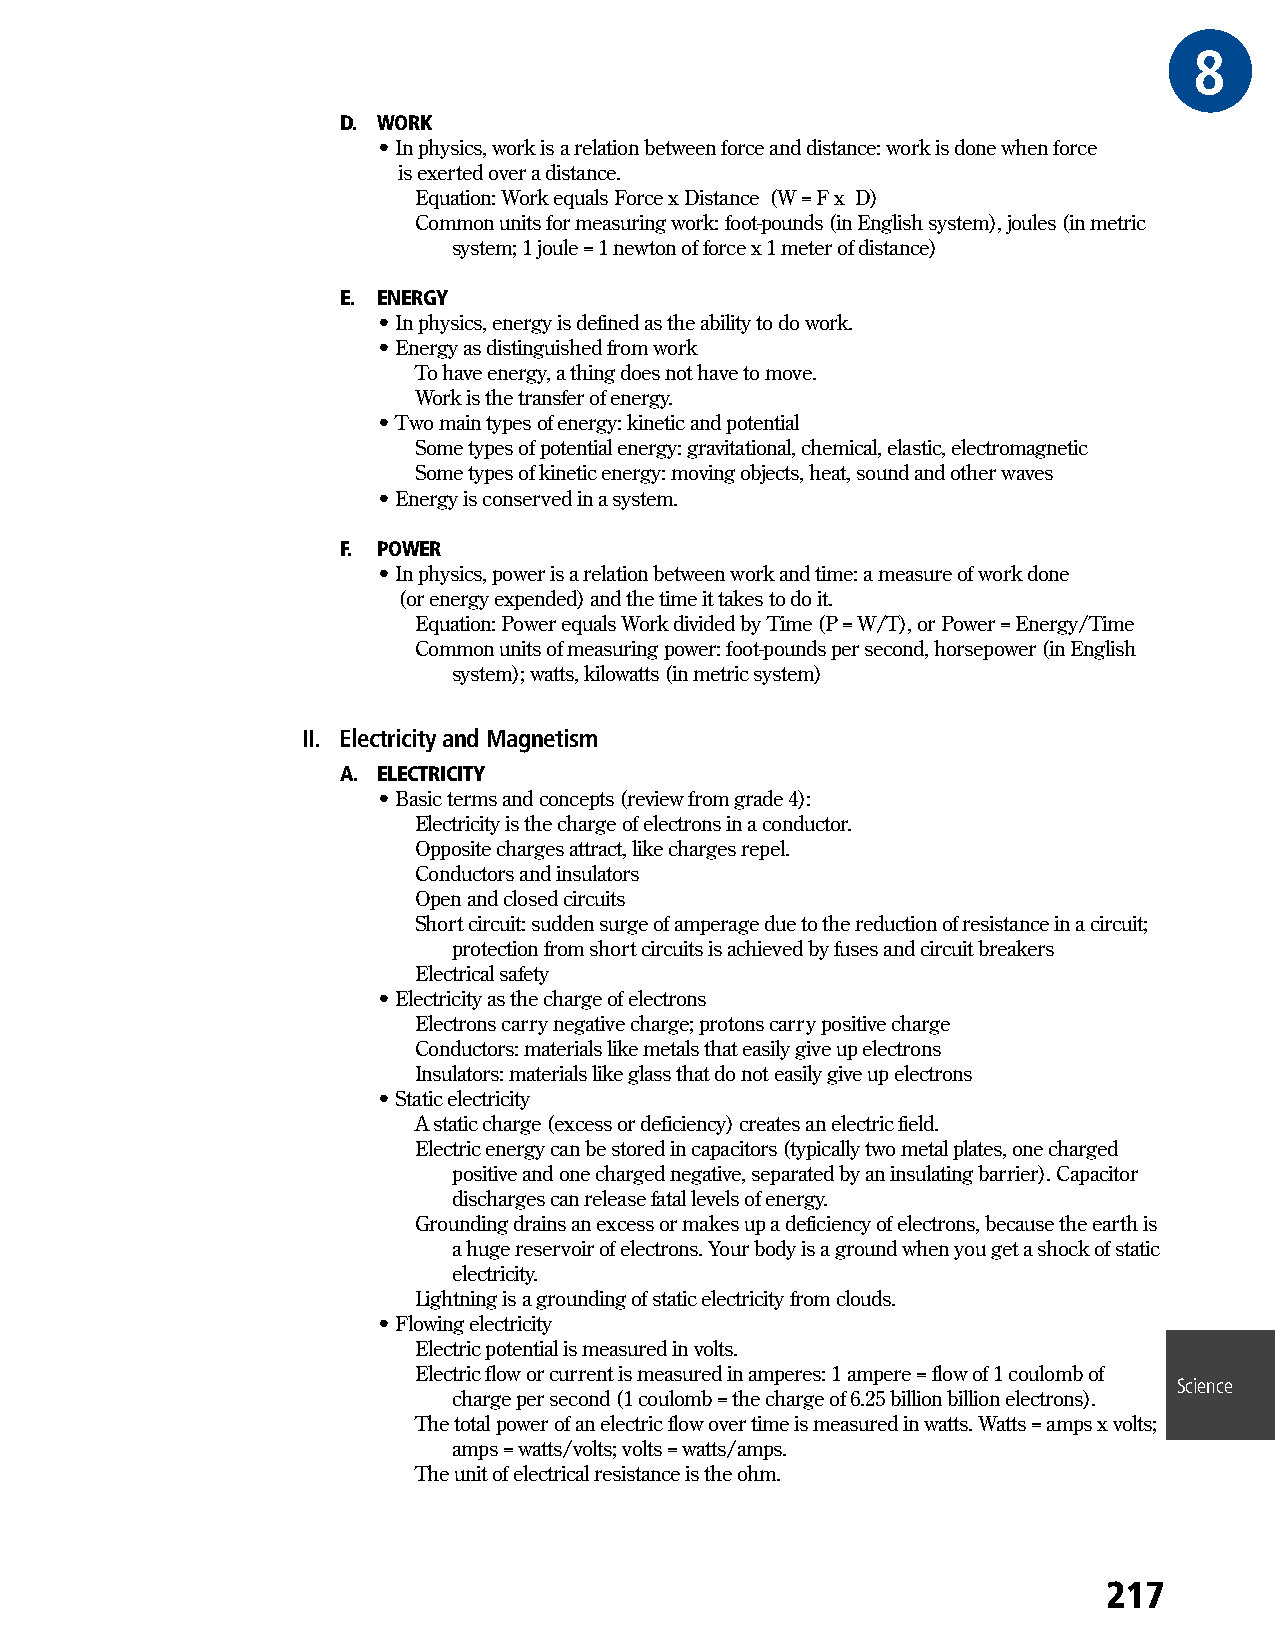
8GRAE
 D. WORK
 • In physics, work is a relation between force and distance: work is done when force
 is exerted over a distance.
 Equation: Work equals Force x Distance (W = F x D)
 Common units for measuring work: foot-pounds (in English system), joules (in metric
 system; 1 joule = 1 newton of force x 1 meter of distance)
 E. ENERGY
 • In physics, energy is defined as the ability to do work.
 • Energy as distinguished from work
 To have energy, a thing does not have to move.
 Work is the transfer of energy.
 • Two main types of energy: kinetic and potential
 Some types of potential energy: gravitational, chemical, elastic, electromagnetic
 Some types of kinetic energy: moving objects, heat, sound and other waves
 • Energy is conserved in a system.
 F. POWER
 • In physics, power is a relation between work and time: a measure of work done
 (or energy expended) and the time it takes to do it.
 Equation: Power equals Work divided by Time (P = W/T), or Power = Energy/Time
 Common units of measuring power: foot-pounds per second, horsepower (in English
 system); watts, kilowatts (in metric system)
 II. Electricity and Magnetism
 A. ELECTRICITY
 • Basic terms and concepts (review from grade 4):
 Electricity is the charge of electrons in a conductor.
 Opposite charges attract, like charges repel.
 Conductors and insulators
 Open and closed circuits
 Short circuit: sudden surge of amperage due to the reduction of resistance in a circuit;
 protection from short circuits is achieved by fuses and circuit breakers
 Electrical safety
 • Electricity as the charge of electrons
 Electrons carry negative charge; protons carry positive charge
 Conductors: materials like metals that easily give up electrons
 Insulators: materials like glass that do not easily give up electrons
 • Static electricity
 A static charge (excess or deficiency) creates an electric field.
 Electric energy can be stored in capacitors (typically two metal plates, one charged
 positive and one charged negative, separated by an insulating barrier). Capacitor
 discharges can release fatal levels of energy.
 Grounding drains an excess or makes up a deficiency of electrons, because the earth is
 a huge reservoir of electrons. Your body is a ground when you get a shock of static
 electricity.
 Lightning is a grounding of static electricity from clouds.
 • Flowing electricity
 Electric potential is measured in volts.
 Electric flow or current is measured in amperes: 1 ampere = flow of 1 coulomb of
 Science
 charge per second (1 coulomb = the charge of 6.25 billion billion electrons).
 The total power of an electric flow over time is measured in watts. Watts = amps x volts;
 amps = watts/volts; volts = watts/amps.
 The unit of electrical resistance is the ohm.
 217